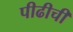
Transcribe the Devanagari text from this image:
पीढीची